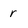
Character: r